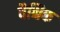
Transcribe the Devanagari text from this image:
वैश्चिक